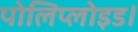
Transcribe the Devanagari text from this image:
पोलिप्लोइड।